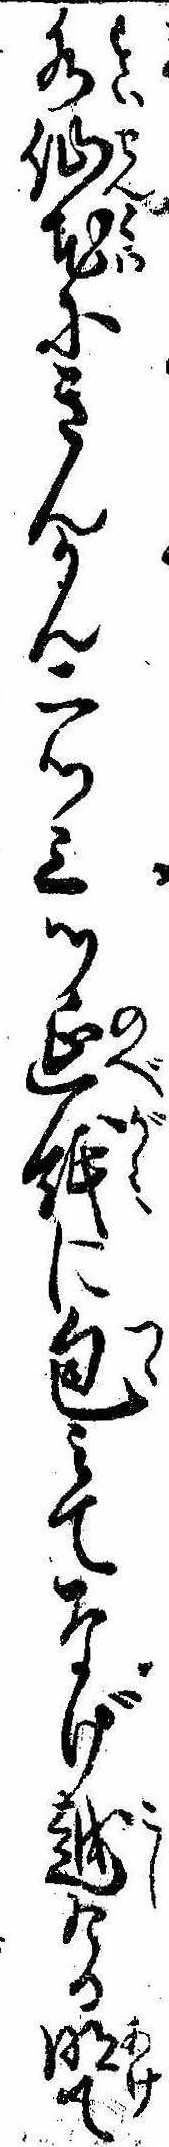
水仙花にきんかん二ッ三ッ延紙に包みてなげ越ける明て